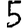
Digit: 5